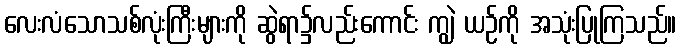
လေးလံသောသစ်လုံးကြီးများကို ဆွဲရာ၌လည်းကောင်း ကျွဲ ယဉ်ကို အသုံးပြုကြသည်။